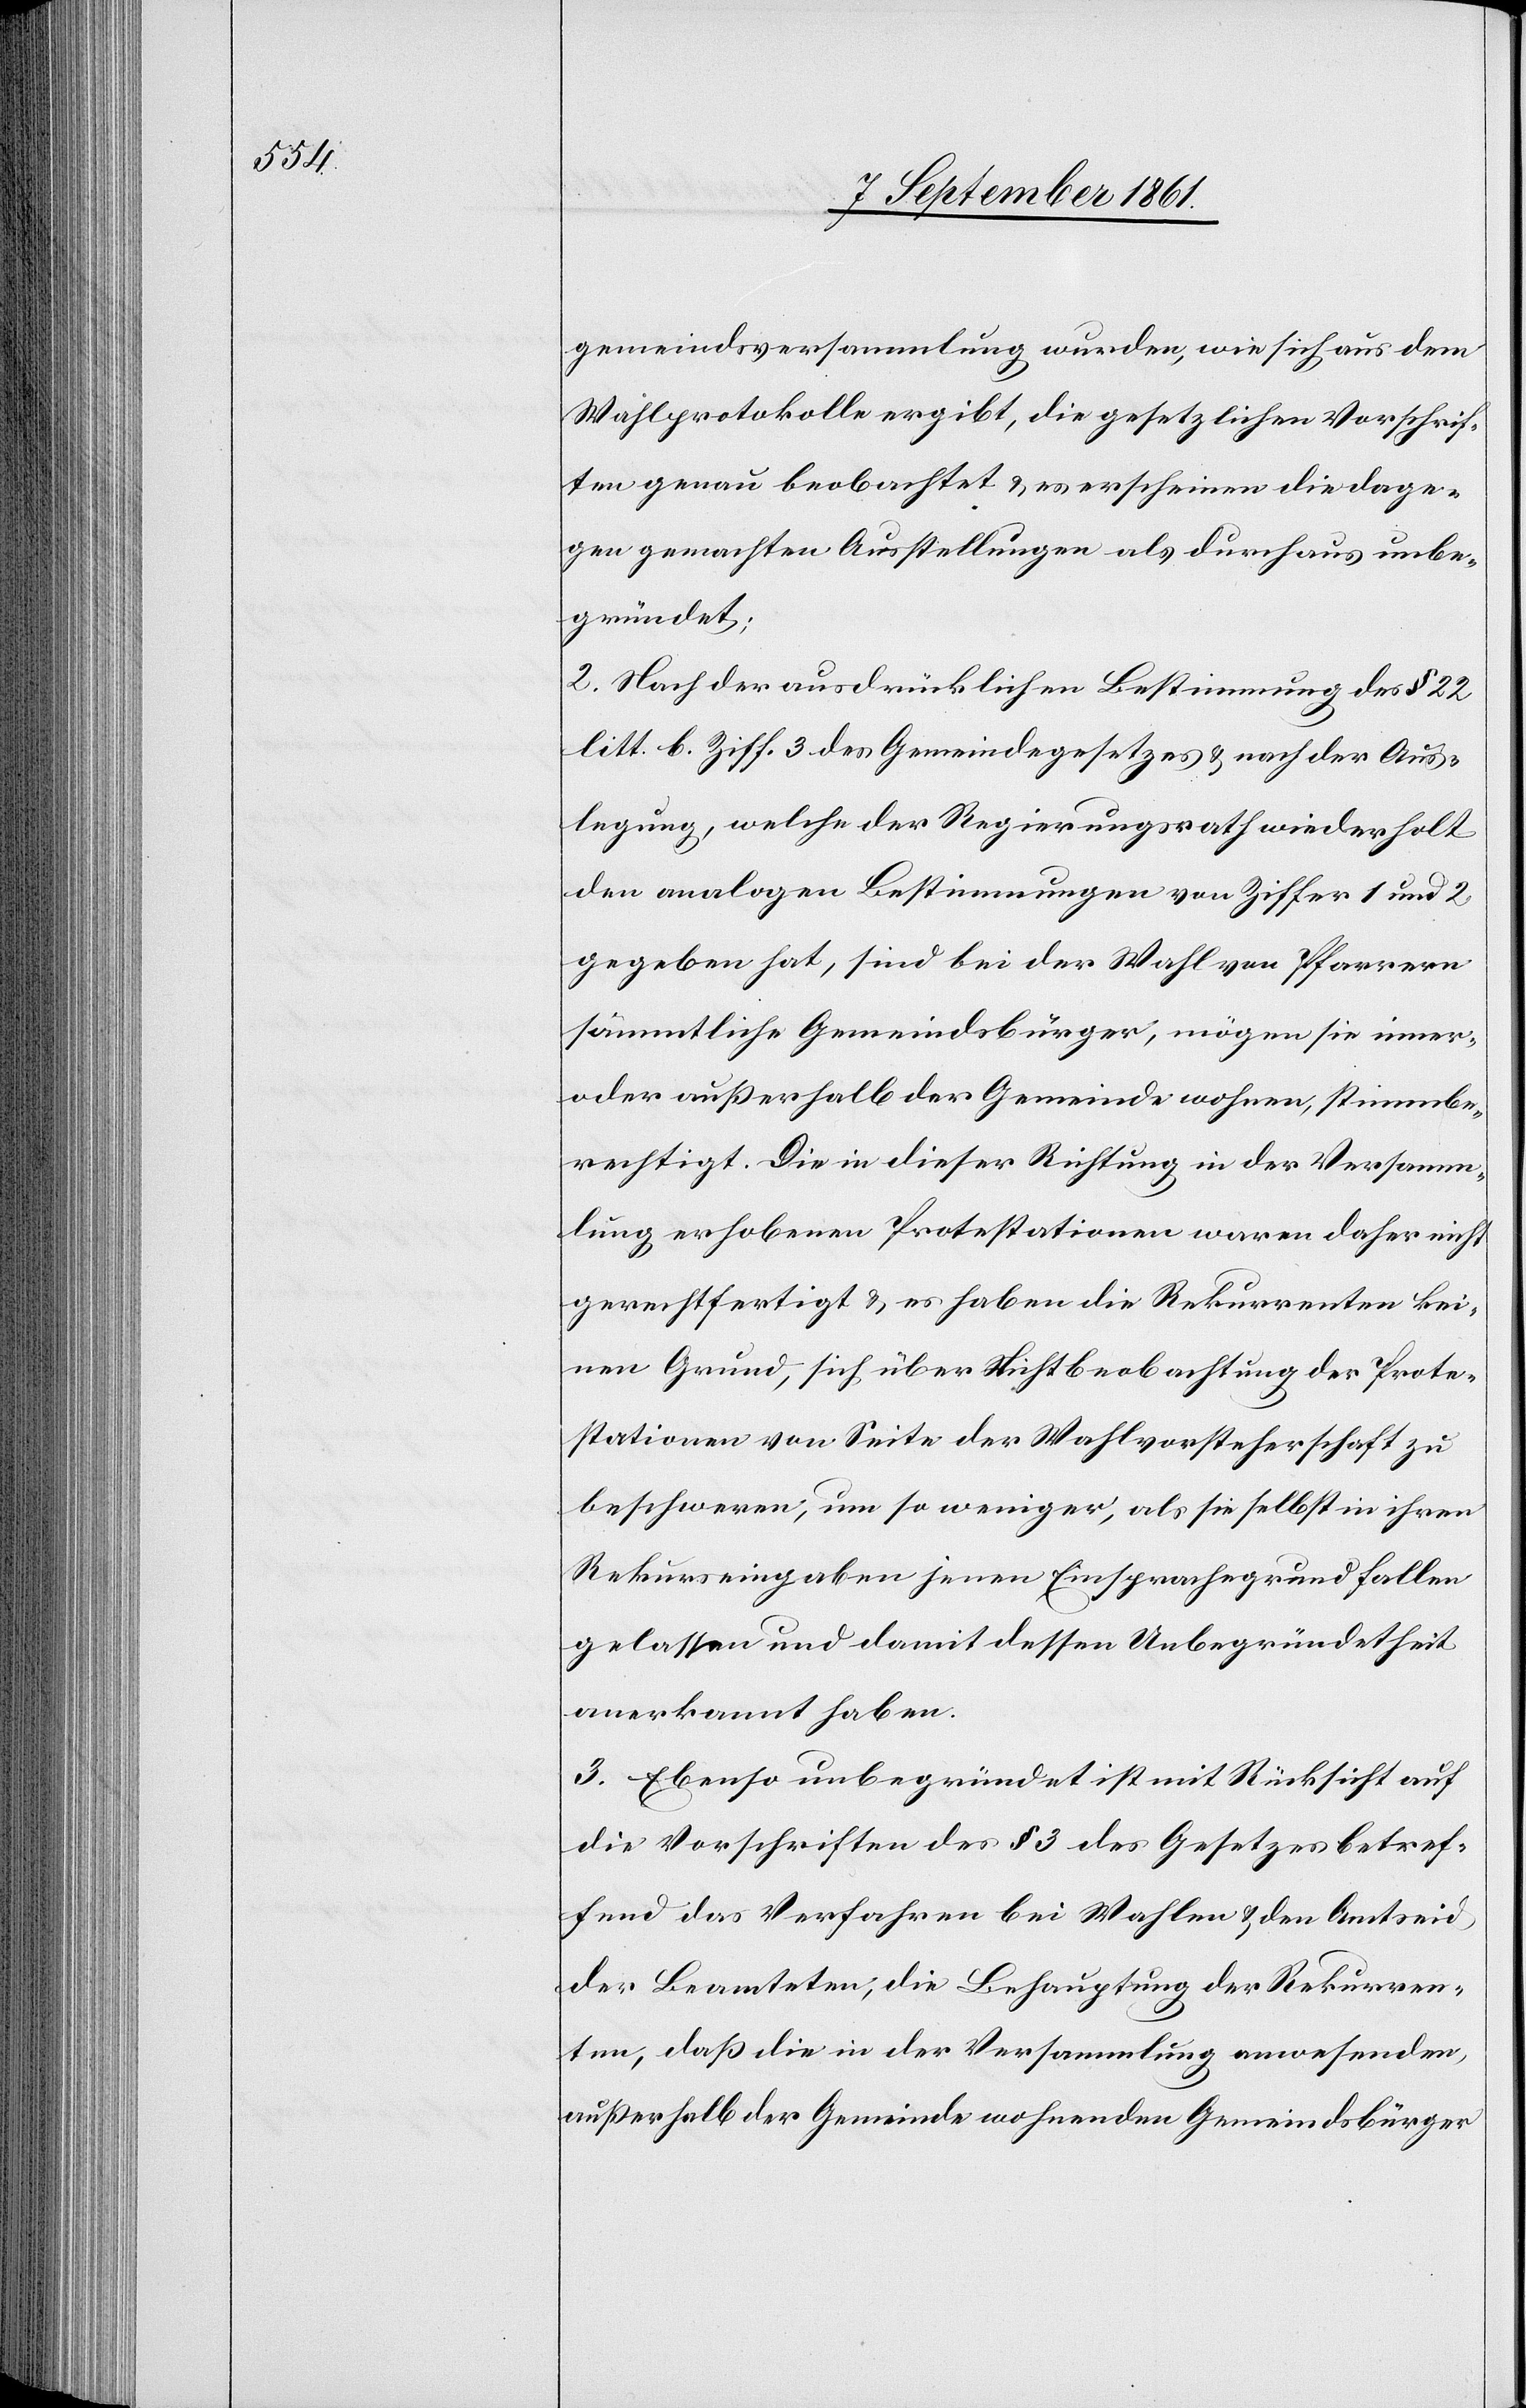
gemeindsversammlung wurden, wie sich aus dem
Wahlprotokolle ergibt, die gesetzlichen Vorschrif¬
ten genau beobachtet u. es erscheinen die dage¬
gen gemachten Ausstellungen als durchaus unbe¬
gründet;
2. Nach der ausdrücklichen Bestimmung des § 22
litt. b. Ziff. 3 des Gemeindegesetzes u. nach der Aus¬
legung, welche der Regierungsrath wiederholt
den analogen Bestimmungen von Ziffer 1 und 2
gegeben hat, sind bei der Wahl von Pfarrern
sämmtliche Gemeindsbürger, mögen sie inner-
oder ausserhalb der Gemeinde wohnen, stimmbe¬
rechtigt. Die in dieser Richtung in der Versamm¬
lung erhobenen Protestationen waren daher nicht
gerechtfertigt u. es haben die Rekurrenten kei¬
nen Grund, sich über Nichtbeobachtung der Prote¬
stationen von Seite der Wahlvorsteherschaft zu
beschweren, um so weniger, als sie selbst in ihren
Rekurseingaben jenen Einsprachegrund fallen
gelassen und damit dessen Unbegründetheit
anerkannt haben.
3. Ebenso unbegründet ist mit Rücksicht auf
die Vorschriften des § 3 des Gesetzes betref¬
fend das Verfahren bei Wahlen u. den Amtseid
der Beamteten, die Behauptung der Rekurren¬
ten, daß die in der Versammlung anwesenden,
außerhalb der Gemeinde wohnenden Gemeindsbürger